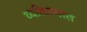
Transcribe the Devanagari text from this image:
व्यक्तित्वात